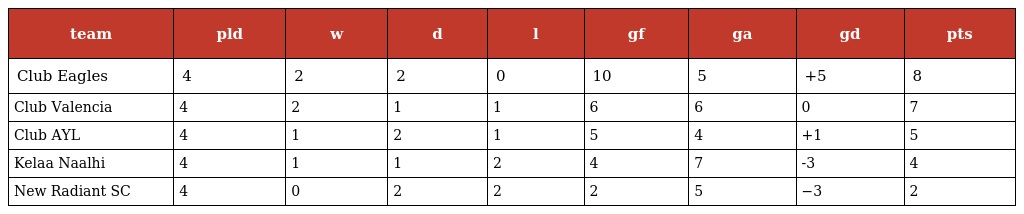
| team | pld | w | d | l | gf | ga | gd | pts |
 | --- | --- | --- | --- | --- | --- | --- | --- | --- |
 | Club Eagles | 4 | 2 | 2 | 0 | 10 | 5 | +5 | 8 |
 | Club Valencia | 4 | 2 | 1 | 1 | 6 | 6 | 0 | 7 |
 | Club AYL | 4 | 1 | 2 | 1 | 5 | 4 | +1 | 5 |
 | Kelaa Naalhi | 4 | 1 | 1 | 2 | 4 | 7 | -3 | 4 |
 | New Radiant SC | 4 | 0 | 2 | 2 | 2 | 5 | −3 | 2 |